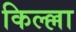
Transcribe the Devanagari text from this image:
किल्ल्ला